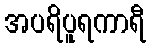
အပရိပူရကာရီ